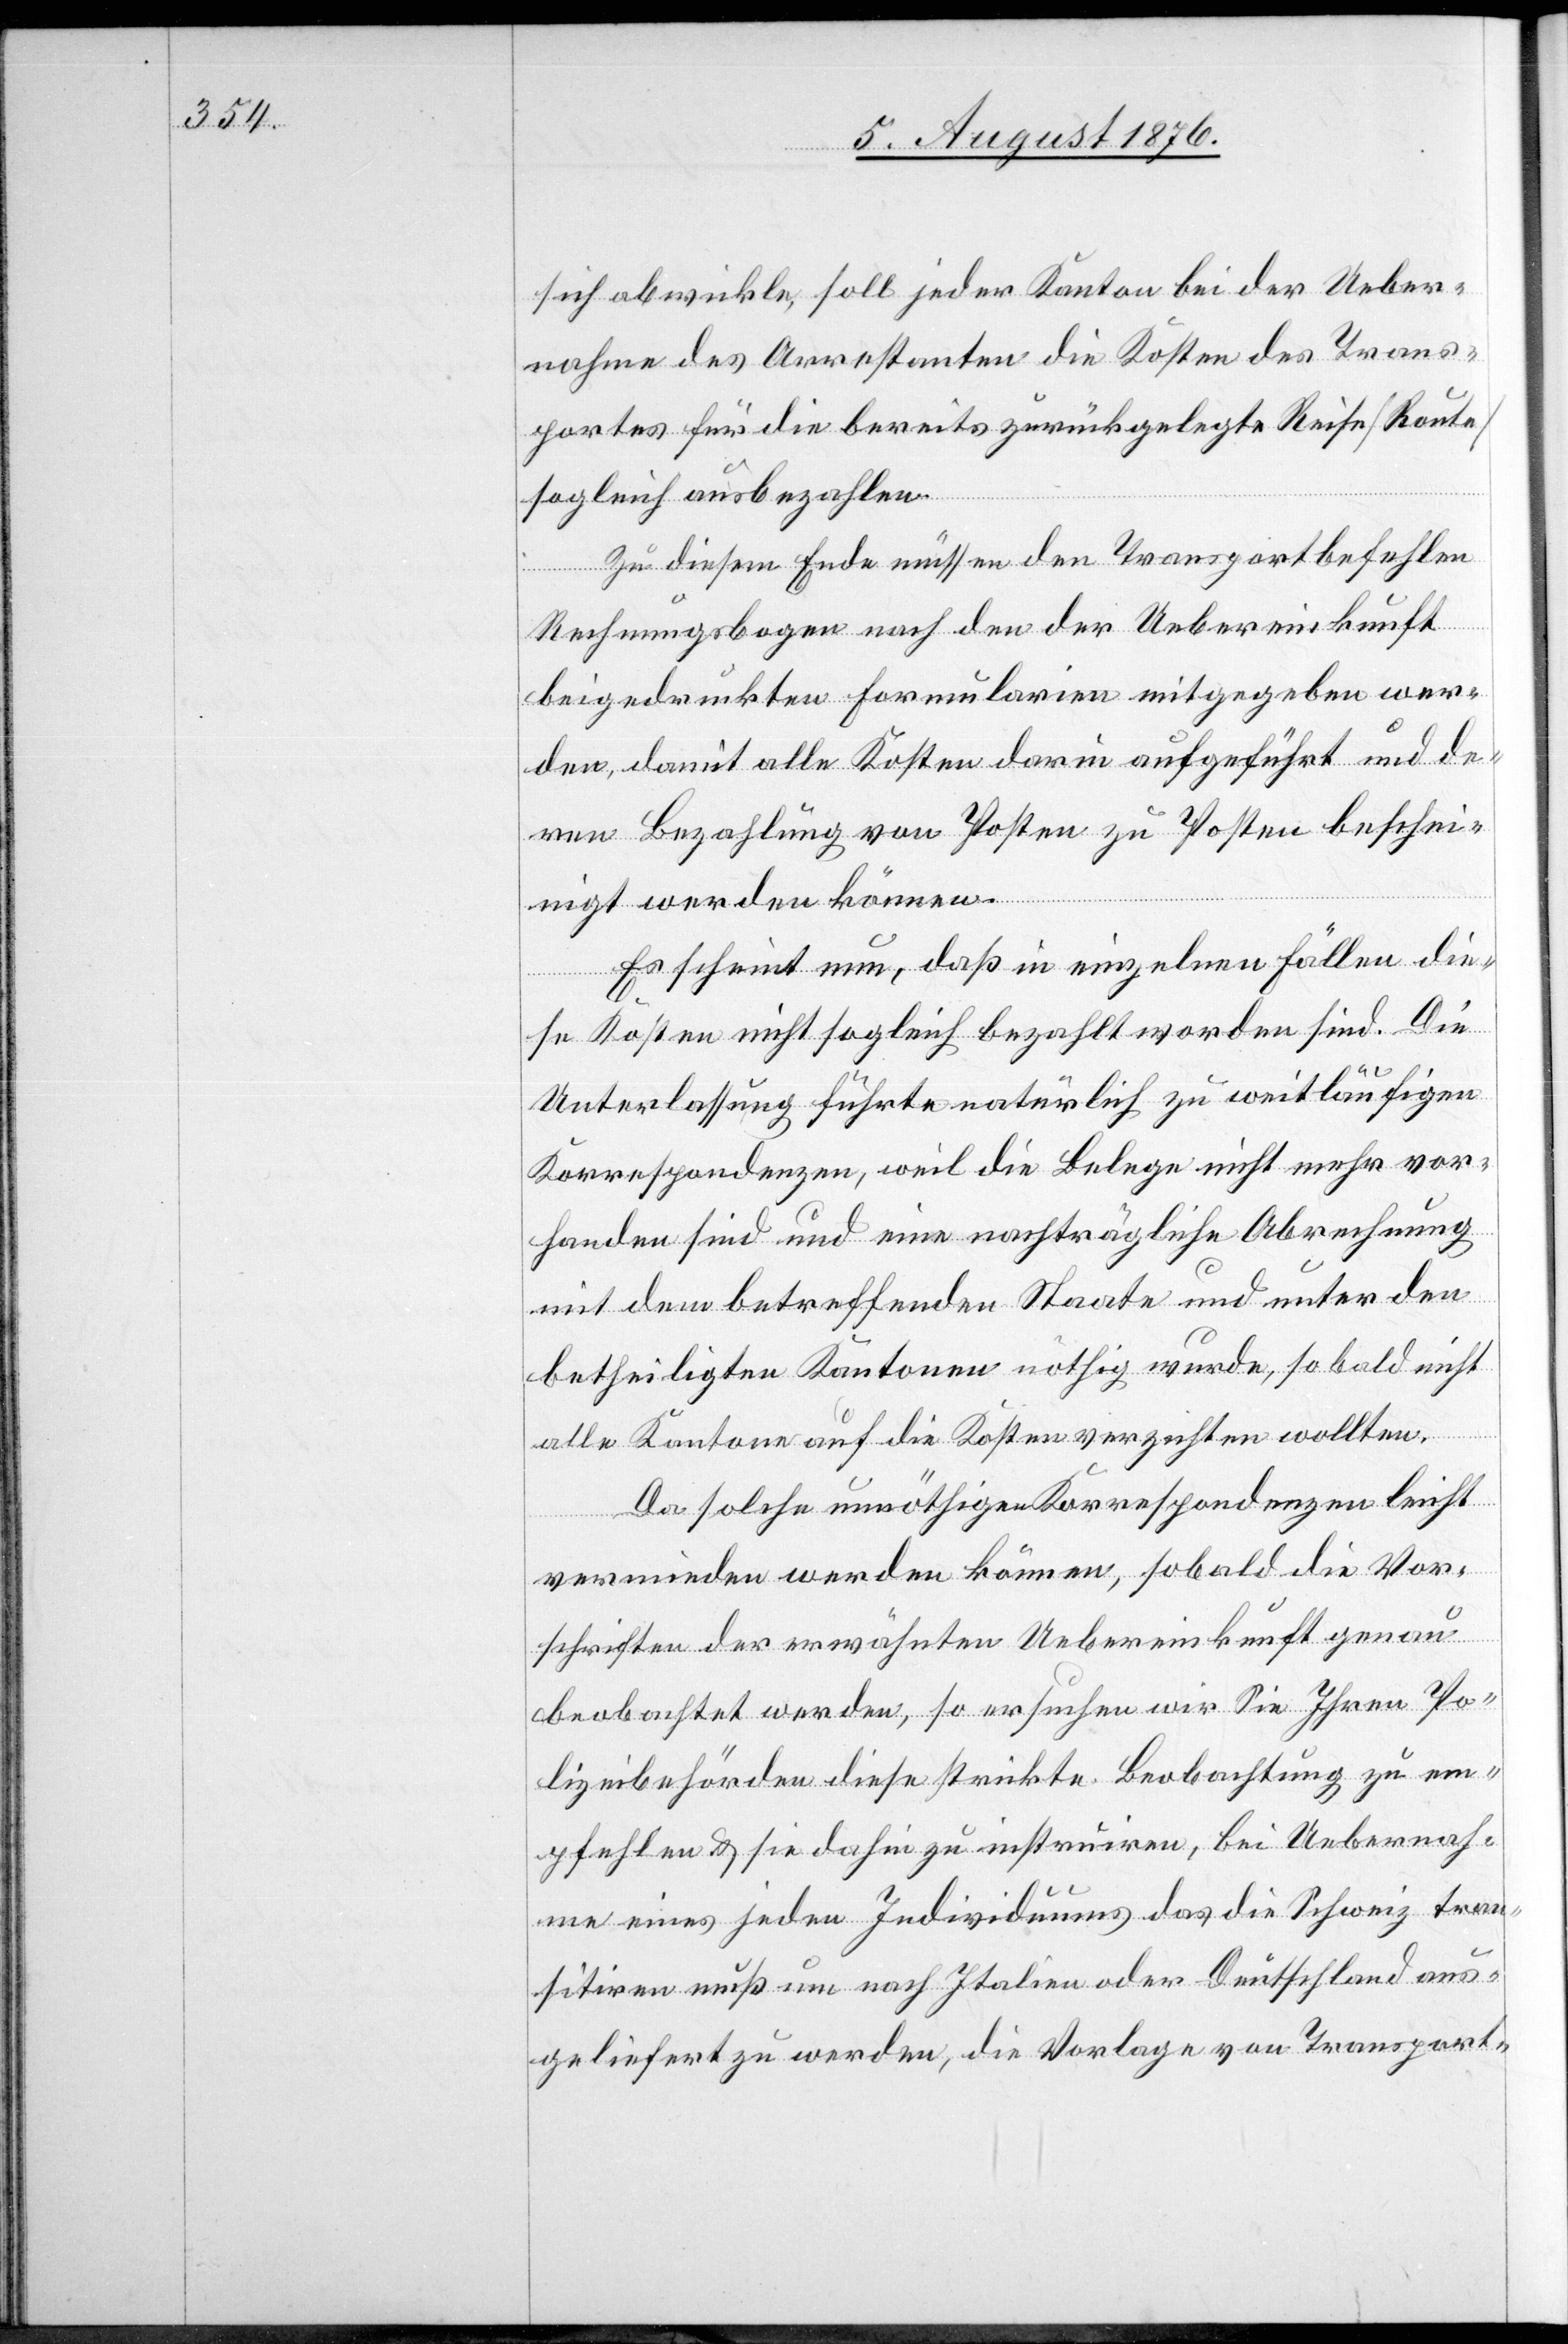
sich abwickle, soll jeder Kanton bei der Ueber¬
nahme des Arrestanten die Kosten des Trans¬
portes für die bereits zurückgelegte Reise [Route]
sogleich ausbezahlen.
Zu diesem Ende müssen den Transportbefehlen
Rechnungsbogen nach den der Uebereinkunft
beigedruckten Formularien mitgegeben wer¬
den, damit alle Kosten darin aufgeführt und de¬
ren Bezahlung von Posten zu Posten beschei¬
nigt werden können.
Es scheint nun, daß in einzelnen Fällen die¬
se Kosten nicht sogleich bezahlt worden sind. Die
Unterlassung führte natürlich zu weitläufigen
Korrespondenzen, weil die Belege nicht mehr vor¬
handen sind und eine nachträgliche Abrechnung
mit dem betreffenden Staate und unter den
betheiligten Kantonen nöthig wurde, sobald nicht
alle Kantone auf die Kosten verzichten wollten.
Da solche unnöthigen Korrespondenzen leicht
vermieden werden können, sobald die Vor¬
schriften der erwähnten Uebereinkunft genau
beobachtet werden, so ersuchen wir Sie Ihren Po¬
lizeibehörden diese strickte Beobachtung zu em¬
pfehlen & sie dahin zu instruiren, bei Uebernah¬
me eines jeden Individuums das die Schweiz tran¬
sitiren muss um nach Italien oder Deutschland aus¬
geliefert zu werden, die Vorlage von Transport-